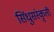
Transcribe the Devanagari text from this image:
सिंधुसंस्कृती